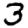
Digit: 3